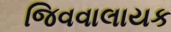
જિવવાલાયક